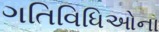
ગતિવિધિઓના